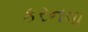
કરનવા